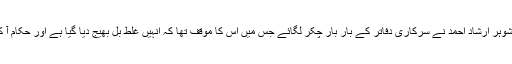
تفصیلات کے مطابق خاتون کے شوہر ارشاد احمد نے سرکاری دفاتر کے بار بار چکر لگائے جس میں اس کا موقف تھا کہ انہیں غلط بل بھیج دیا گیا ہے اور حکام آ کر اس کا میٹر دوبارہ چیک کریں۔